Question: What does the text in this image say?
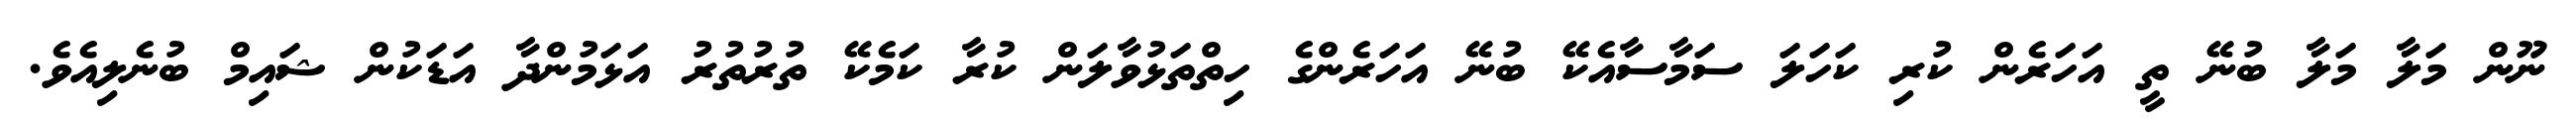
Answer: ނޫން މަލާ މަލާ ބުނޭ ތީ އަހަރެން ކުރި ކަހަލަ ސަމާސާއެކޭ ބުނޭ އަހަރެންގެ ހިތްތަޅުވާލަން ކުރާ ކަމެކޭ ތުރުތުރު އަޅަމުންދާ އަޑަކުން ޝައިމް ބުނެލިއެވެ.